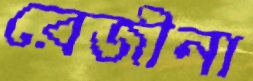
রেজীনা